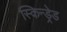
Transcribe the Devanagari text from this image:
स्किन्ड्रेड